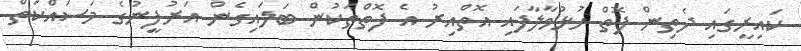
ކައިރީގައި ދެތިން ފޮތް ހުޅުވާލާފައި އޮތްއިރު އެ ފޮތްތަކުން ބަލައިގެން އަރުފީނުގެ މަސައްކަތް